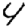
Digit: 4